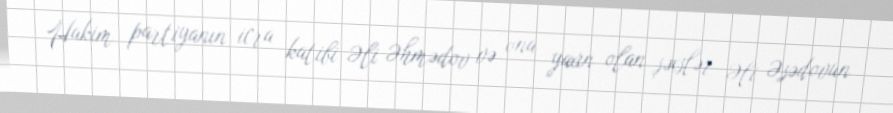
Hakim partiyanın icra katibi Əli Əhmədov və ona yaxın olan şəxslər Əli Əsədovun